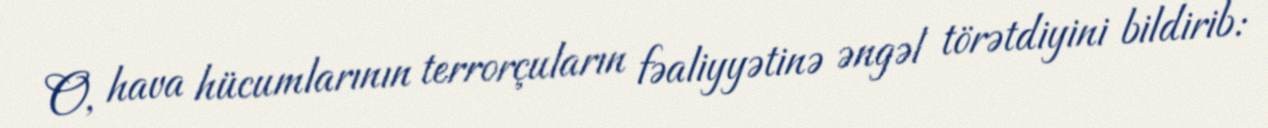
O, hava hücumlarının terrorçuların fəaliyyətinə əngəl törətdiyini bildirib: